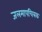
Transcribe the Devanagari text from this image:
जलमापचित्रक